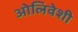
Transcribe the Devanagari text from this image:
ओलिवेशी